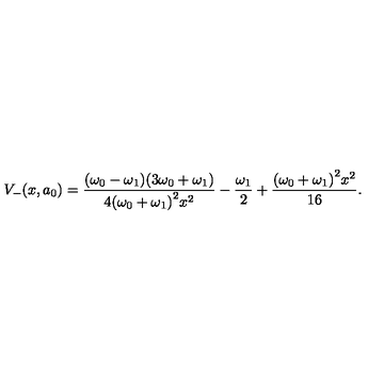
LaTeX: V _ { - } ( x , a _ { 0 } ) = \frac { ( \omega _ { 0 } - \omega _ { 1 } ) ( 3 \omega _ { 0 } + \omega _ { 1 } ) } { 4 { ( \omega _ { 0 } + \omega _ { 1 } ) } ^ { 2 } x ^ { 2 } } - \frac { \omega _ { 1 } } { 2 } + \frac { { ( \omega _ { 0 } + \omega _ { 1 } ) } ^ { 2 } x ^ { 2 } } { 1 6 } .